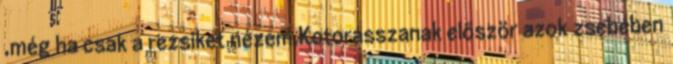
,még ha csak a rezsiket nézem.Kotorásszanak először azok zsebében